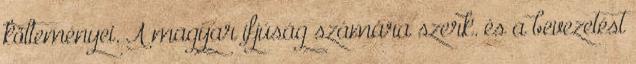
költeményei. A magyar ifjúság számára szerk. és a bevezetést